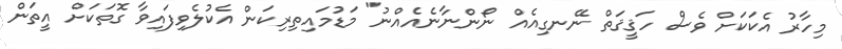
މިހާރު އެކަކަށް ވެސް ހަޤީޤަތް ނޭނގިއެއް ނޯންނާނެއެއްނު" މަޑުމައިތިރިކަން އެކުލެވިފައިވާ ގޮތަކަށް އީތަން